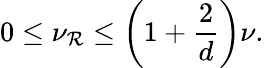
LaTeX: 0\leq\nu_{\mathcal{R}}\leq\left(1+\frac{{2}}{{d}}\right)\nu.